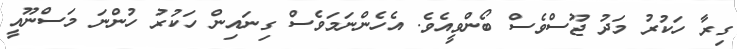
ގިރާ ހަކުރު މަދު ޖޫސްވެސް ބޯންވީއެވެ. އެހެންނަމަވެސް ގިނައިން ހަކުރު ހުންނަ މަސްނޫއީ